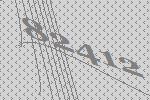
82412